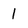
Character: 1